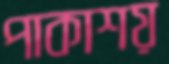
পাকাশয়